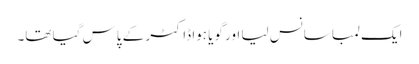
ایک لمبا سانس لیا اور گویا ہوا ڈاکٹر کے پاس گیا تھا۔